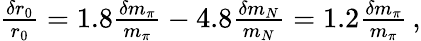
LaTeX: \begin{array}{r}{\frac{\delta r_{0}}{r_{0}}=1.8\frac{\delta m_{\pi}}{m_{\pi}}-4.8\frac{\delta m_{N}}{m_{N}}=1.2\frac{\delta m_{\pi}}{m_{\pi}}\, ,}\end{array}